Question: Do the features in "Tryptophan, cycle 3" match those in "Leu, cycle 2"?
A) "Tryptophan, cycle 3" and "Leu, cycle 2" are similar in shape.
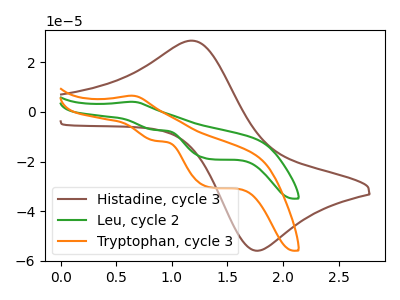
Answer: <think>The brown curve "Histadine, cycle 3" has an anodic peak at (1.20V, 28.70uA) and a cathodic peak at (1.75V, -55.90uA). The green curve "Leu, cycle 2" has an anodic peak at (0.65V, 4.10uA) and cathodic peaks at (0.85V, -7.25uA) (1.35V, -19.05uA). The orange curve "Tryptophan, cycle 3" has an anodic peak at (0.65V, 6.55uA) and cathodic peaks at (0.85V, -11.60uA) (1.35V, -30.45uA).
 All the peaks in "Tryptophan, cycle 3" have a peak in "Leu, cycle 2" at the same potential. Every peak in "Tryptophan, cycle 3" is higher than every peak in "Leu, cycle 2".</think>
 <answer>A) "Tryptophan, cycle 3" and "Leu, cycle 2" are similar in shape.</answer>
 <eval>A</eval>